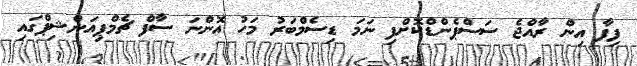
ފިފާ އިން ރާއްޖެ ސަސްޕެންޑްކޮށްފި ނަމަ ޑިސެމްބަރު މަހު އޮންނަ ސާފް ޗެމްޕިއަންޝިޕްގައި